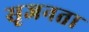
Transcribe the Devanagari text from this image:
सृजनता